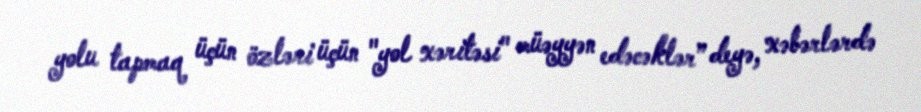
yolu tapmaq üçün özləri üçün "yol xəritəsi" müəyyən edəcəklər” deyə, xəbərlərdə